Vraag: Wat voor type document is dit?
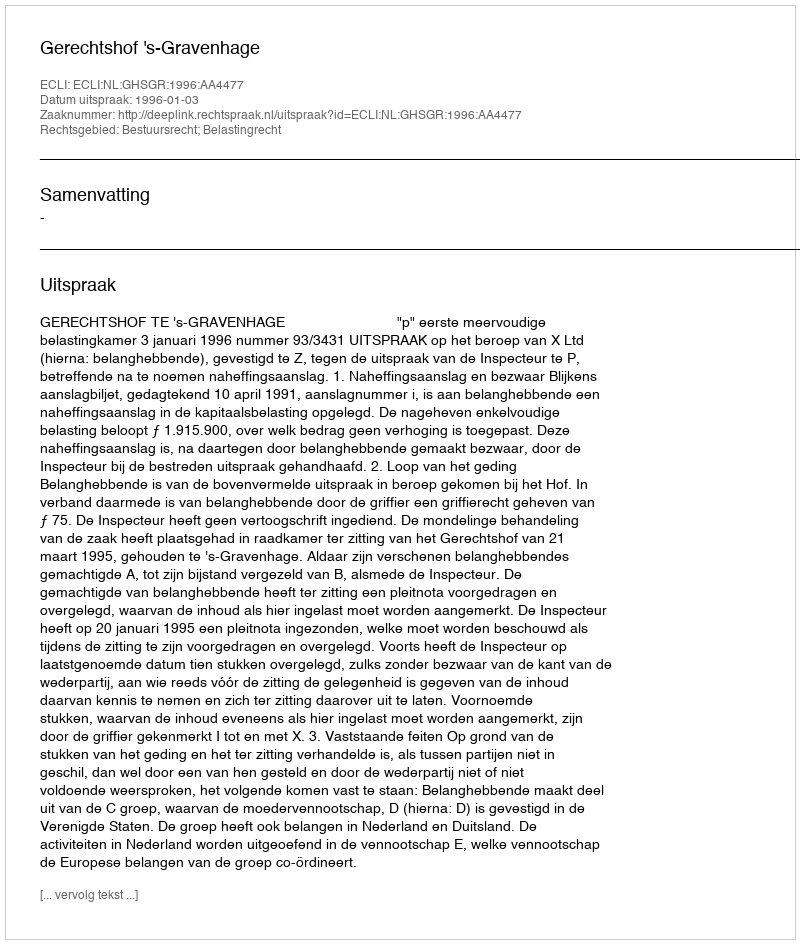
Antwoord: Uitspraak